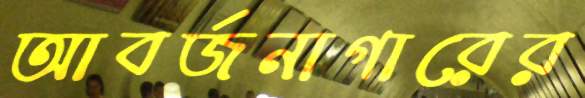
আবর্জনাগারের